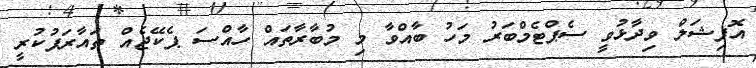
އޮފިޝަލް ވިދާޅުވީ ސެޕްޓެމްބަރު މަހު ބާއްވާ މި މުބާރާތައް ހާއްސަ ޕެކޭޖެއް ތައާރަފުކުރީ